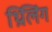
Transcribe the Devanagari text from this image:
थ्रिलिंग